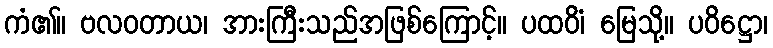
ကံ၏။ ဗလဝတာယ၊ အားကြီးသည်အဖြစ်ကြောင့်။ ပထဝိံ၊ မြေသို့။ ပဝိဋ္ဌော၊